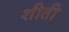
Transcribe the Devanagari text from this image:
शीती